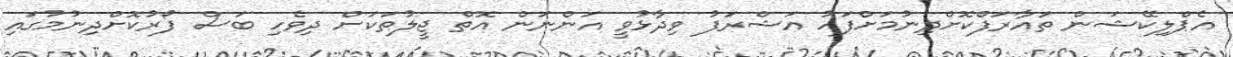
އެޕްލިކޭޝަން ތައާރަފްކޮށްދިނުމަށްފަހު އަޝްރަފު ވިދާޅުވީ އަންނަން އޮތް ޖީލުތަކަށް ދިވެހި ބަސް ފޯރުކޮށްދިނުމުގައި